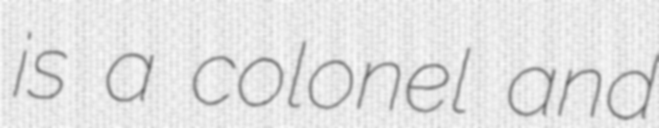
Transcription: is a colonel and